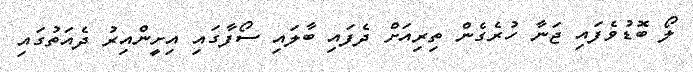
ލޯ ބޮޑުވެފައި ޖަނާ ހުރެގެން ތިރިއަށް ދެފައި ބާލައި ސޯފާގައި އިށީންއިރު ދެއަތުގައި